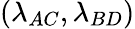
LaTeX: (\lambda_{AC},\lambda_{BD})